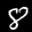
Label: 8